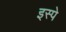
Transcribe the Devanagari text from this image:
इस्पे